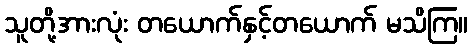
သူတို့အားလုံး တယောက်နှင့်တယောက် မသိကြ။